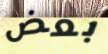
بعض